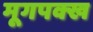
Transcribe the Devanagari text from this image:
मूगपक्ख